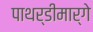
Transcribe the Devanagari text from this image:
पाथर्डीमार्गे